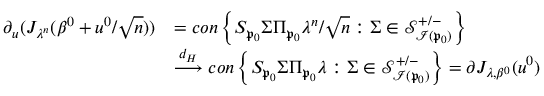
\begin{array} { r l } { \partial _ { u } ( J _ { \boldsymbol { \lambda } ^ { n } } ( \beta ^ { 0 } + u ^ { 0 } / \sqrt { n } ) ) } & { = c o n \left\{ S _ { \mathfrak { p } _ { 0 } } \Sigma \Pi _ { \mathfrak { p } _ { 0 } } \boldsymbol { \lambda } ^ { n } / \sqrt { n } : \Sigma \in \mathcal { S } _ { \mathcal { I } ( \mathfrak { p } _ { 0 } ) } ^ { + / - } \right\} } \\ & { \overset { d _ { H } } { \longrightarrow } c o n \left\{ S _ { \mathfrak { p } _ { 0 } } \Sigma \Pi _ { \mathfrak { p } _ { 0 } } \boldsymbol { \lambda } : \Sigma \in \mathcal { S } _ { \mathcal { I } ( \mathfrak { p } _ { 0 } ) } ^ { + / - } \right\} = \partial J _ { \boldsymbol { \lambda } , \beta ^ { 0 } } ( u ^ { 0 } ) } \end{array}